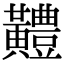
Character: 𪏨